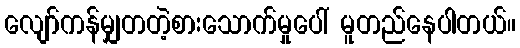
လျော်ကန်မျှတတဲ့စားသောက်မှုပေါ် မူတည်နေပါတယ်။